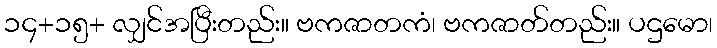
၁၄+၁၅+ လျှင်အပြီးတည်း။ ဗကဇာတကံ၊ ဗကဇာတ်တည်း။ ပဌမော၊